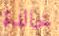
خالدة